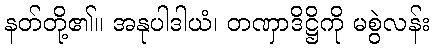
နတ်တို့၏။ အနုပါဒါယံ၊ တဏှာဒိဋ္ဌိကို မစွဲလန်း